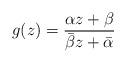
LaTeX: \begin{align*}g(z)=\frac{\alpha z+\beta}{\bar\beta z+\bar\alpha}\end{align*}